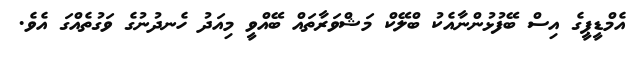
އެމްޑީޕީގެ އިސް ބޭފުޅުންނާއެކު ބްލޭކް މަޝްވަރާތައް ބޭއްވީ މިއަދު ހެނދުނުގެ ވަގުތެއްގަ އެވެ.